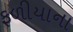
ફળીયાના